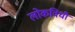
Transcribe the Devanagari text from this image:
लोकविधी